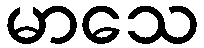
မာသေ